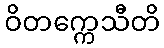
ဝိတက္ကေသီတိ